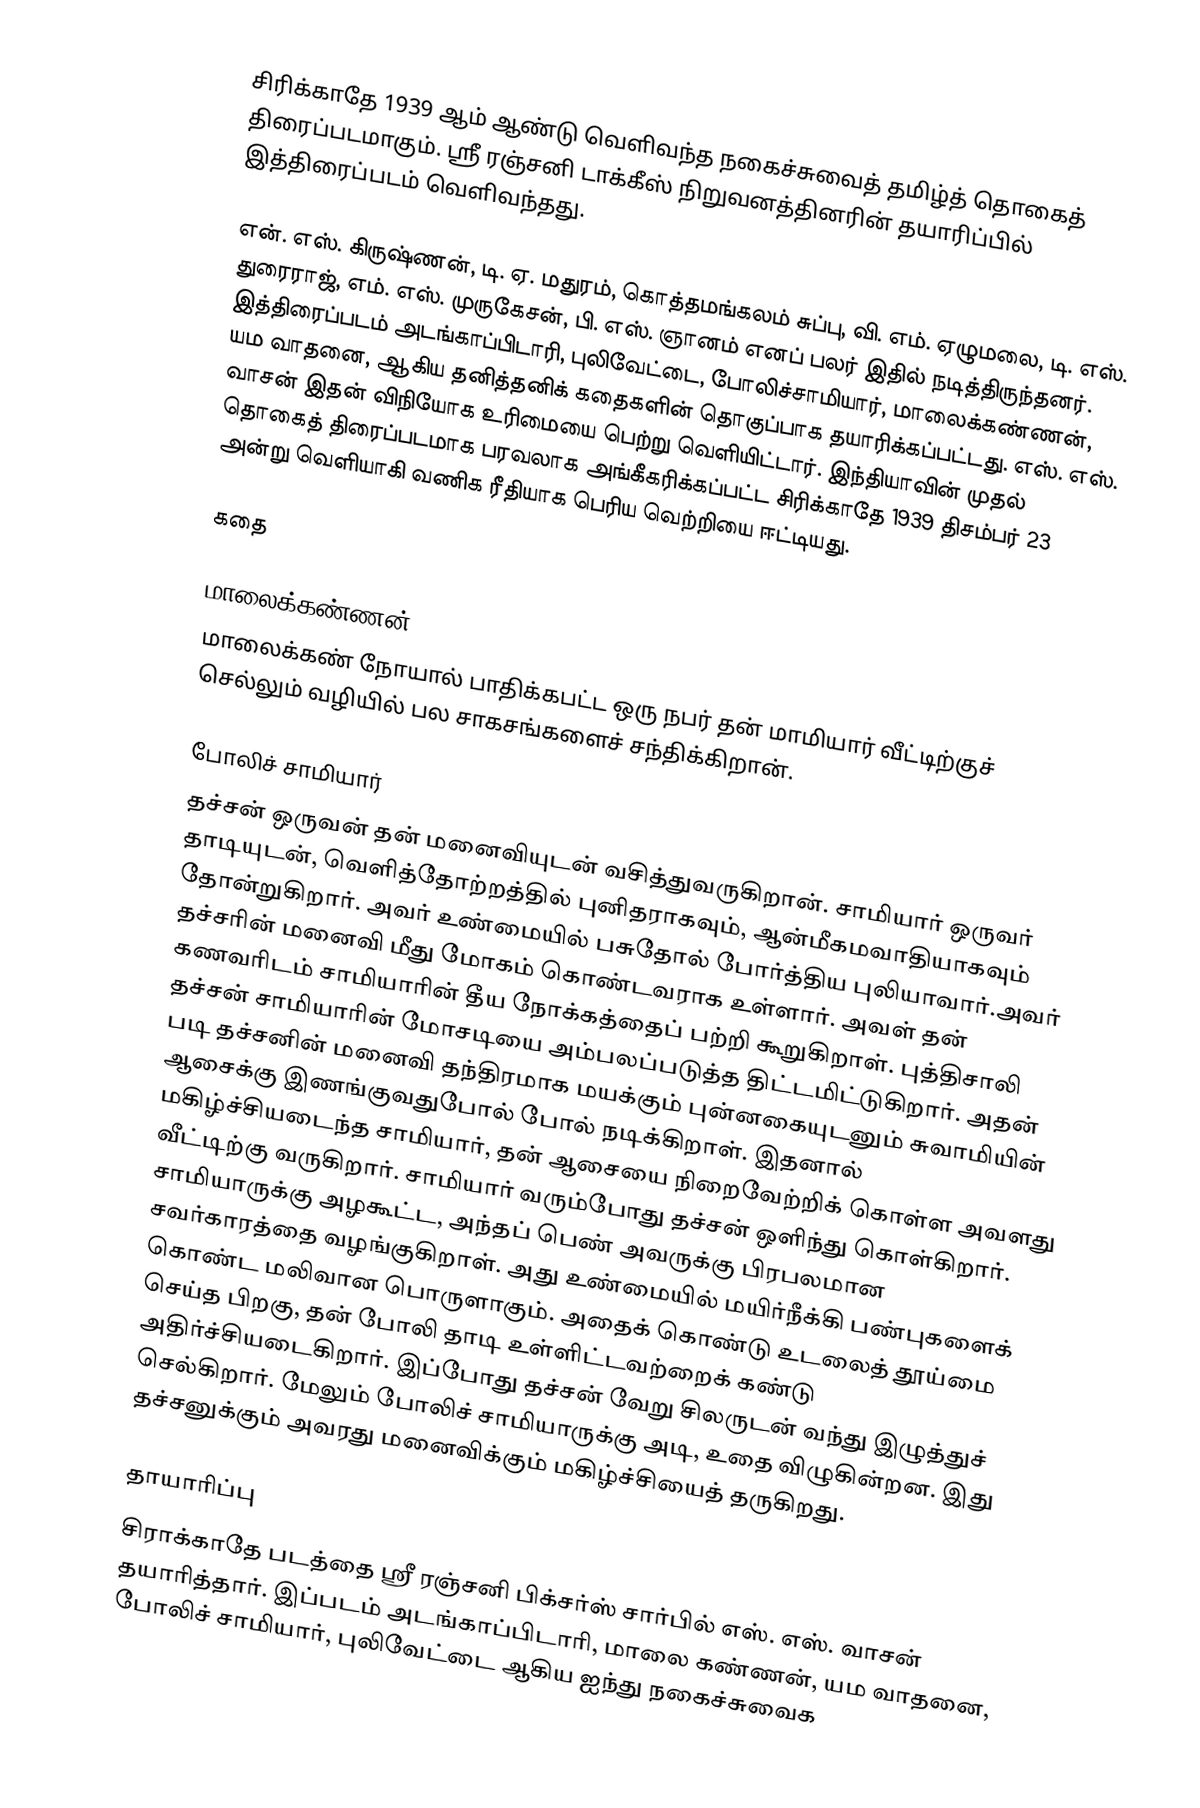
சிரிக்காதே 1939 ஆம் ஆண்டு வெளிவந்த நகைச்சுவைத் தமிழ்த் தொகைத் திரைப்படமாகும். ஸ்ரீ ரஞ்சனி டாக்கீஸ் நிறுவனத்தினரின் தயாரிப்பில் இத்திரைப்படம் வெளிவந்தது.

என். எஸ். கிருஷ்ணன், டி. ஏ. மதுரம், கொத்தமங்கலம் சுப்பு, வி. எம். ஏழுமலை, டி. எஸ். துரைராஜ், எம். எஸ். முருகேசன், பி. எஸ். ஞானம் எனப் பலர் இதில் நடித்திருந்தனர். இத்திரைப்படம் அடங்காப்பிடாரி, புலிவேட்டை, போலிச்சாமியார், மாலைக்கண்ணன், யம வாதனை, ஆகிய தனித்தனிக் கதைகளின் தொகுப்பாக தயாரிக்கப்பட்டது. எஸ். எஸ். வாசன் இதன் விநியோக உரிமையை பெற்று வெளியிட்டார். இந்தியாவின் முதல் தொகைத் திரைப்படமாக பரவலாக அங்கீகரிக்கப்பட்ட சிரிக்காதே 1939 திசம்பர் 23 அன்று வெளியாகி வணிக ரீதியாக பெரிய வெற்றியை ஈட்டியது.

கதை

மாலைக்கண்ணன்
மாலைக்கண் நோயால் பாதிக்கபட்ட ஒரு நபர் தன் மாமியார் வீட்டிற்குச் செல்லும் வழியில் பல சாகசங்களைச் சந்திக்கிறான்.

போலிச் சாமியார்
தச்சன் ஒருவன் தன் மனைவியுடன் வசித்துவருகிறான். சாமியார் ஒருவர் தாடியுடன், வெளித்தோற்றத்தில் புனிதராகவும், ஆன்மீகமவாதியாகவும் தோன்றுகிறார். அவர் உண்மையில் பசுதோல் போர்த்திய புலியாவார்.அவர் தச்சரின் மனைவி மீது மோகம் கொண்டவராக உள்ளார். அவள் தன் கணவரிடம் சாமியாரின் தீய நோக்கத்தைப் பற்றி கூறுகிறாள். புத்திசாலி தச்சன் சாமியாரின் மோசடியை அம்பலப்படுத்த திட்டமிட்டுகிறார். அதன் படி தச்சனின் மனைவி தந்திரமாக மயக்கும் புன்னகையுடனும் சுவாமியின் ஆசைக்கு இணங்குவதுபோல் போல் நடிக்கிறாள். இதனால் மகிழ்ச்சியடைந்த சாமியார், தன் ஆசையை நிறைவேற்றிக் கொள்ள அவளது வீட்டிற்கு வருகிறார். சாமியார் வரும்போது தச்சன் ஒளிந்து கொள்கிறார். சாமியாருக்கு அழகூட்ட, அந்தப் பெண் அவருக்கு பிரபலமான சவர்காரத்தை வழங்குகிறாள். அது உண்மையில் மயிர்நீக்கி பண்புகளைக் கொண்ட மலிவான பொருளாகும். அதைக் கொண்டு உடலைத் தூய்மை செய்த பிறகு, தன் போலி தாடி உள்ளிட்டவற்றைக் கண்டு அதிர்ச்சியடைகிறார். இப்போது தச்சன் வேறு சிலருடன் வந்து இழுத்துச் செல்கிறார். மேலும் போலிச் சாமியாருக்கு அடி, உதை விழுகின்றன. இது தச்சனுக்கும் அவரது மனைவிக்கும் மகிழ்ச்சியைத் தருகிறது.

தாயாரிப்பு
சிராக்காதே படத்தை ஸ்ரீ ரஞ்சனி பிக்சர்ஸ் சார்பில் எஸ். எஸ். வாசன் தயாரித்தார்.  இப்படம் அடங்காப்பிடாரி, மாலை கண்ணன், யம வாதனை, போலிச் சாமியார், புலிவேட்டை ஆகிய ஐந்து நகைச்சுவைக